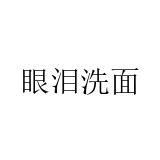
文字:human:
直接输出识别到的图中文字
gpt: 眼泪洗面